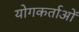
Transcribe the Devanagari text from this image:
योगकर्ताओं